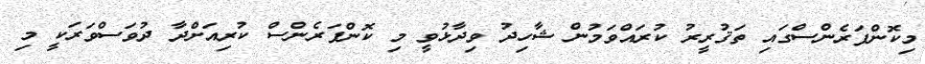
މިކޮންފަރެންސްގައި ތަޤުރީރު ކުރައްވަމުން ޝާހިދު ވިދާޅުވީ މި ކޮންފަރެންސް ކުރިއަށްދާ ދުވަސްވަރަކީ މި